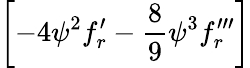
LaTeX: \left[-4{\psi}^{2}f_{r}^{\prime}-{\frac{8}{9}}{\psi}^{3}f_{r}^{\prime\prime\prime}\right]